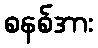
စနစ်အား